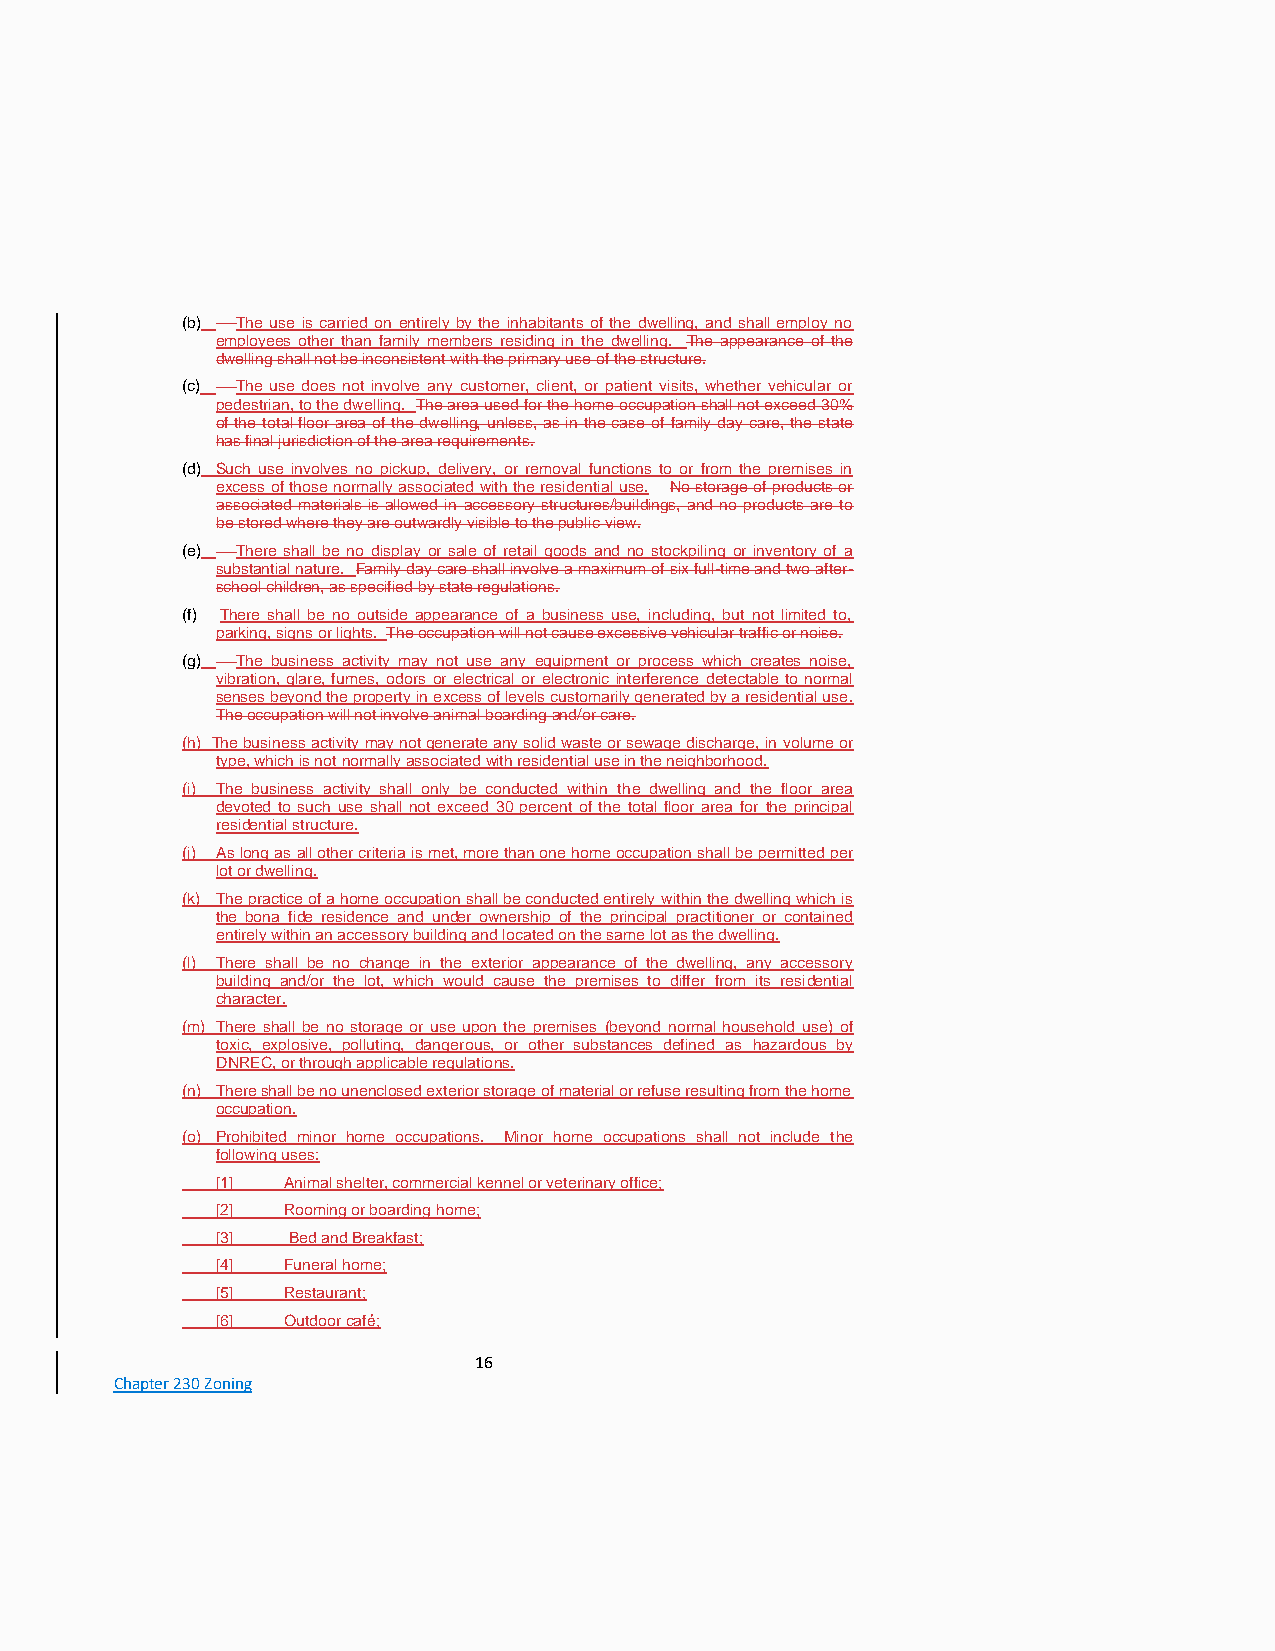
(b) The use is carried on entirely by the inhabitants of the dwelling, and shall employ no
 employees other than family members residing in the dwelling. The appearance of the
 dwelling shall not be inconsistent with the primary use of the structure.
 (c) The use does not involve any customer, client, or patient visits, whether vehicular or
 pedestrian, to the dwelling. The area used for the home occupation shall not exceed 30%
 of the total floor area of the dwelling, unless, as in the case of family day care, the state
 has final jurisdiction of the area requirements.
 (d) Such use involves no pickup, delivery, or removal functions to or from the premises in
 excess of those normally associated with the residential use. No storage of products or
 associated materials is allowed in accessory structures/buildings, and no products are to
 be stored where they are outwardly visible to the public view.
 (e) There shall be no display or sale of retail goods and no stockpiling or inventory of a
 substantial nature. Family day care shall involve a maximum of six full-time and two after-
 school children, as specified by state regulations.
 (f) There shall be no outside appearance of a business use, including, but not limited to,
 parking, signs or lights. The occupation will not cause excessive vehicular traffic or noise.
 (g) The business activity may not use any equipment or process which creates noise,
 vibration, glare, fumes, odors or electrical or electronic interference detectable to normal
 senses beyond the property in excess of levels customarily generated by a residential use.
 The occupation will not involve animal boarding and/or care.
 (h) The business activity may not generate any solid waste or sewage discharge, in volume or
 type, which is not normally associated with residential use in the neighborhood.
 (i) The business activity shall only be conducted within the dwelling and the floor area
 devoted to such use shall not exceed 30 percent of the total floor area for the principal
 residential structure.
 (j) As long as all other criteria is met, more than one home occupation shall be permitted per
 lot or dwelling.
 (k) The practice of a home occupation shall be conducted entirely within the dwelling which is
 the bona fide residence and under ownership of the principal practitioner or contained
 entirely within an accessory building and located on the same lot as the dwelling.
 (l) There shall be no change in the exterior appearance of the dwelling, any accessory
 building and/or the lot, which would cause the premises to differ from its residential
 character.
 (m) There shall be no storage or use upon the premises (beyond normal household use) of
 toxic, explosive, polluting, dangerous, or other substances defined as hazardous by
 DNREC, or through applicable regulations.
 (n) There shall be no unenclosed exterior storage of material or refuse resulting from the home
 occupation.
 (o) Prohibited minor home occupations. Minor home occupations shall not include the
 following uses:
 [1]  Animal shelter, commercial kennel or veterinary office;
 [2]  Rooming or boarding home;
 [3]  Bed and Breakfast;
 [4]  Funeral home;
 [5]  Restaurant;
 [6]  Outdoor café;
 16
 Chapter 230 Zoning